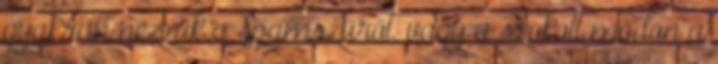
gyakran nézzük a spamszűrőt, vagy a szokott módon a